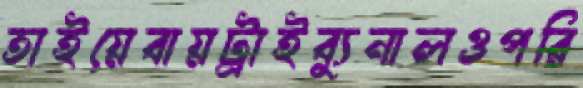
তাইয়েবায়ট্রাইব্যুনালওপরি